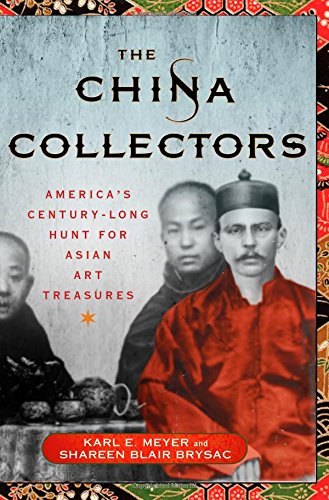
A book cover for The China Collectors: America's Century-Long Hunt for Asian Art Treasures; Karl E. Meyer; Arts & Photography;